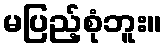
မပြည့်စုံဘူး။